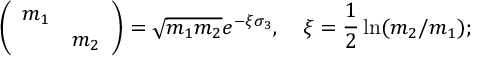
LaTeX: \left( \begin{array} { c c } { { m _ { 1 } } } & { { } } \\ { { } } & { { m _ { 2 } } } \end{array} \right) = \sqrt { m _ { 1 } m _ { 2 } } e ^ { - \xi \sigma _ { 3 } } , \mathrm { ~ } \, \, \, \, \xi = \frac { 1 } { 2 } \ln ( m _ { 2 } / m _ { 1 } ) ;